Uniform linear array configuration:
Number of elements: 12
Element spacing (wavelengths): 0.5
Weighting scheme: kaiser
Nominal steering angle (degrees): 45
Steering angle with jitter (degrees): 44.353
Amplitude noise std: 0.05
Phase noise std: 0.05

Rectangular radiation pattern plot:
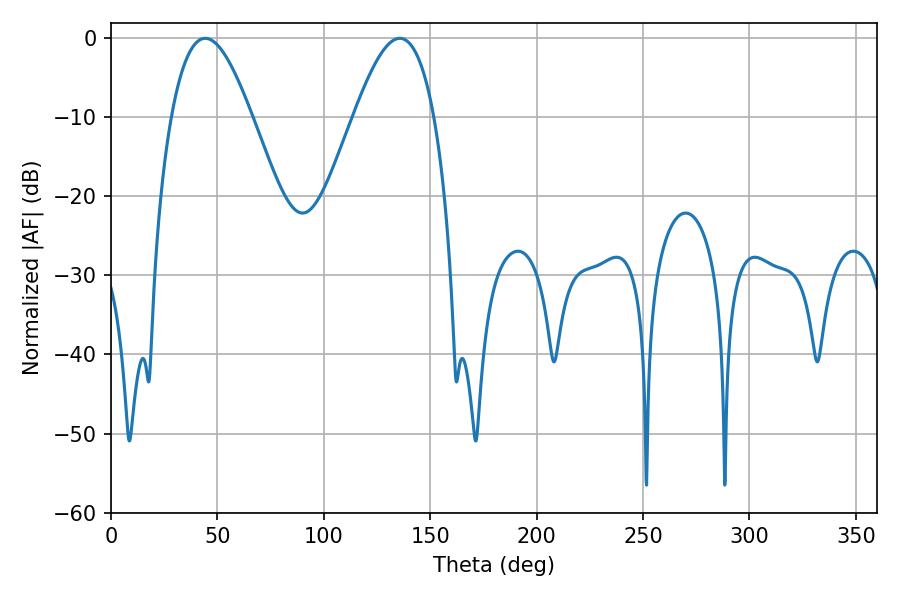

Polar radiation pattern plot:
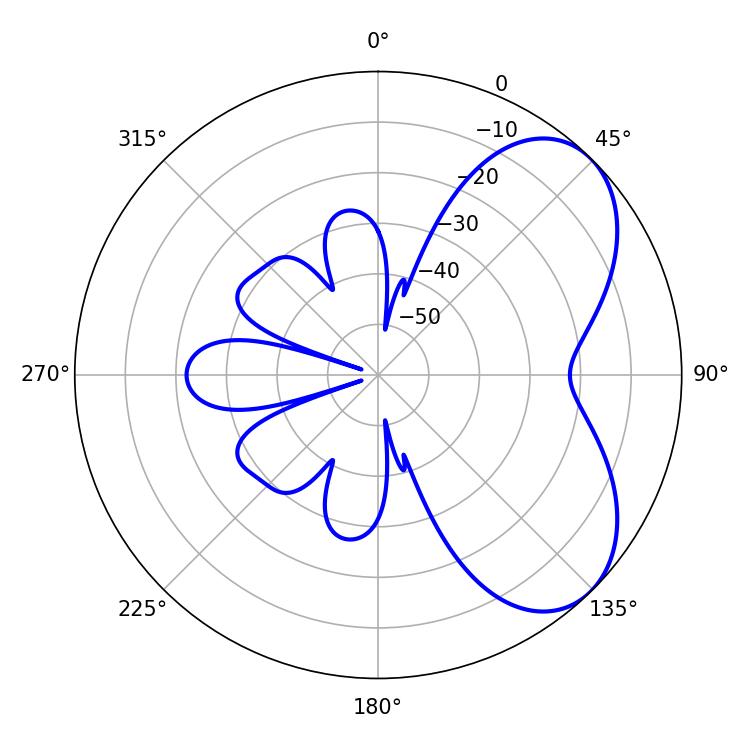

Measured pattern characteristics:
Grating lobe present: FALSE
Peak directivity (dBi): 5.574
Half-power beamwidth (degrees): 20.52
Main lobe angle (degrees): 44.28